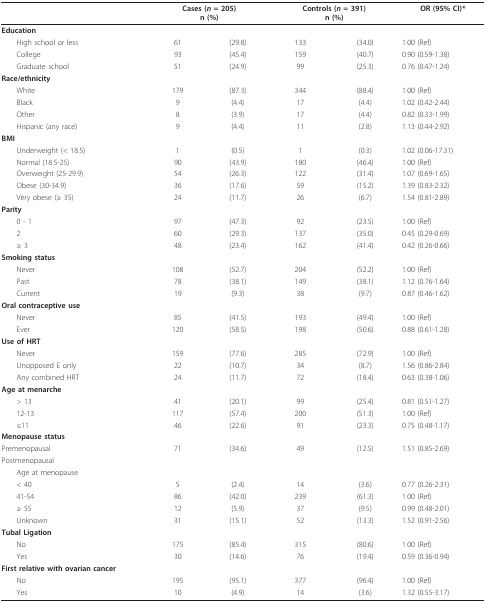
<table><thead><tr><td></td><td colspan="2"><b>Cases (<i>n </i>= 205)n (%)</b></td><td colspan="2"><b>Controls (<i>n </i>= 391)n (%)</b></td><td><b>OR (95% CI)*</b></td></tr></thead><tbody><tr><td><b>Education</b></td><td></td><td></td><td></td><td></td><td></td></tr><tr><td> High school or less</td><td>61</td><td>(29.8)</td><td>133</td><td>(34.0)</td><td>1.00 (Ref)</td></tr><tr><td> College</td><td>93</td><td>(45.4)</td><td>159</td><td>(40.7)</td><td>0.90 (0.59-1.38)</td></tr><tr><td> Graduate school</td><td>51</td><td>(24.9)</td><td>99</td><td>(25.3)</td><td>0.76 (0.47-1.24)</td></tr><tr><td><b>Race/ethnicity</b></td><td></td><td></td><td></td><td></td><td></td></tr><tr><td> White</td><td>179</td><td>(87.3)</td><td>344</td><td>(88.4)</td><td>1.00 (Ref)</td></tr><tr><td> Black</td><td>9</td><td>(4.4)</td><td>17</td><td>(4.4)</td><td>1.02 (0.42-2.44)</td></tr><tr><td> Other</td><td>8</td><td>(3.9)</td><td>17</td><td>(4.4)</td><td>0.82 (0.33-1.99)</td></tr><tr><td> Hispanic (any race)</td><td>9</td><td>(4.4)</td><td>11</td><td>(2.8)</td><td>1.13 (0.44-2.92)</td></tr><tr><td><b>BMI</b></td><td></td><td></td><td></td><td></td><td></td></tr><tr><td> Underweight (&lt; 18.5)</td><td>1</td><td>(0.5)</td><td>1</td><td>(0.3)</td><td>1.02 (0.06-17.31)</td></tr><tr><td> Normal (18.5-25)</td><td>90</td><td>(43.9)</td><td>180</td><td>(46.4)</td><td>1.00 (Ref)</td></tr><tr><td> Overweight (25-29.9)</td><td>54</td><td>(26.3)</td><td>122</td><td>(31.4)</td><td>1.07 (0.69-1.65)</td></tr><tr><td> Obese (30-34.9)</td><td>36</td><td>(17.6)</td><td>59</td><td>(15.2)</td><td>1.39 (0.83-2.32)</td></tr><tr><td> Very obese (≥ 35)</td><td>24</td><td>(11.7)</td><td>26</td><td>(6.7)</td><td>1.54 (0.81-2.89)</td></tr><tr><td><b>Parity</b></td><td></td><td></td><td></td><td></td><td></td></tr><tr><td> 0 - 1</td><td>97</td><td>(47.3)</td><td>92</td><td>(23.5)</td><td>1.00 (Ref)</td></tr><tr><td> 2</td><td>60</td><td>(29.3)</td><td>137</td><td>(35.0)</td><td>0.45 (0.29-0.69)</td></tr><tr><td> ≥ 3</td><td>48</td><td>(23.4)</td><td>162</td><td>(41.4)</td><td>0.42 (0.26-0.66)</td></tr><tr><td><b>Smoking status</b></td><td></td><td></td><td></td><td></td><td></td></tr><tr><td> Never</td><td>108</td><td>(52.7)</td><td>204</td><td>(52.2)</td><td>1.00 (Ref)</td></tr><tr><td> Past</td><td>78</td><td>(38.1)</td><td>149</td><td>(38.1)</td><td>1.12 (0.76-1.64)</td></tr><tr><td> Current</td><td>19</td><td>(9.3)</td><td>38</td><td>(9.7)</td><td>0.87 (0.46-1.62)</td></tr><tr><td><b>Oral contraceptive use</b></td><td></td><td></td><td></td><td></td><td></td></tr><tr><td> Never</td><td>85</td><td>(41.5)</td><td>193</td><td>(49.4)</td><td>1.00 (Ref)</td></tr><tr><td> Ever</td><td>120</td><td>(58.5)</td><td>198</td><td>(50.6)</td><td>0.88 (0.61-1.28)</td></tr><tr><td><b>Use of HRT</b></td><td></td><td></td><td></td><td></td><td></td></tr><tr><td> Never</td><td>159</td><td>(77.6)</td><td>285</td><td>(72.9)</td><td>1.00 (Ref)</td></tr><tr><td> Unopposed E only</td><td>22</td><td>(10.7)</td><td>34</td><td>(8.7)</td><td>1.56 (0.86-2.84)</td></tr><tr><td> Any combined HRT</td><td>24</td><td>(11.7)</td><td>72</td><td>(18.4)</td><td>0.63 (0.38-1.06)</td></tr><tr><td><b>Age at menarche</b></td><td></td><td></td><td></td><td></td><td></td></tr><tr><td> &gt; 13</td><td>41</td><td>(20.1)</td><td>99</td><td>(25.4)</td><td>0.81 (0.51-1.27)</td></tr><tr><td> 12-13</td><td>117</td><td>(57.4)</td><td>200</td><td>(51.3)</td><td>1.00 (Ref)</td></tr><tr><td> ≤11</td><td>46</td><td>(22.6)</td><td>91</td><td>(23.3)</td><td>0.75 (0.48-1.17)</td></tr><tr><td><b>Menopause status</b></td><td></td><td></td><td></td><td></td><td></td></tr><tr><td>Premenopausal</td><td>71</td><td>(34.6)</td><td>49</td><td>(12.5)</td><td>1.51 (0.85-2.69)</td></tr><tr><td>Postmenopausal</td><td></td><td></td><td></td><td></td><td></td></tr><tr><td> Age at menopause</td><td></td><td></td><td></td><td></td><td></td></tr><tr><td> &lt; 40</td><td>5</td><td>(2.4)</td><td>14</td><td>(3.6)</td><td>0.77 (0.26-2.31)</td></tr><tr><td> 41-54</td><td>86</td><td>(42.0)</td><td>239</td><td>(61.3)</td><td>1.00 (Ref)</td></tr><tr><td> ≥ 55</td><td>12</td><td>(5.9)</td><td>37</td><td>(9.5)</td><td>0.99 (0.48-2.01)</td></tr><tr><td> Unknown</td><td>31</td><td>(15.1)</td><td>52</td><td>(13.3)</td><td>1.52 (0.91-2.56)</td></tr><tr><td><b>Tubal Ligation</b></td><td></td><td></td><td></td><td></td><td></td></tr><tr><td> No</td><td>175</td><td>(85.4)</td><td>315</td><td>(80.6)</td><td>1.00 (Ref)</td></tr><tr><td> Yes</td><td>30</td><td>(14.6)</td><td>76</td><td>(19.4)</td><td>0.59 (0.36-0.94)</td></tr><tr><td><b>First relative with ovarian cancer</b></td><td></td><td></td><td></td><td></td><td></td></tr><tr><td> No</td><td>195</td><td>(95.1)</td><td>377</td><td>(96.4)</td><td>1.00 (Ref)</td></tr><tr><td> Yes</td><td>10</td><td>(4.9)</td><td>14</td><td>(3.6)</td><td>1.32 (0.55-3.17)</td></tr></tbody></table>